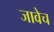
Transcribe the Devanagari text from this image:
जावेच